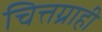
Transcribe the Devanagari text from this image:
चित्तग्राही